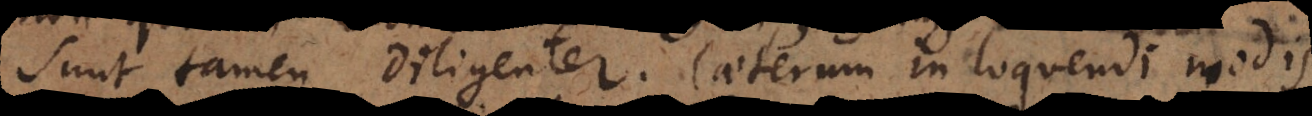
sunt tamen diligenter. Caeterum in loquendi modis